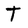
Character: T